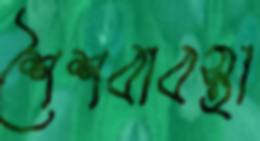
শৈশবাবস্থা